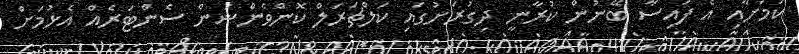
ކަމަށާއި އެ ފައިސާ ބޭނުން ކުރާނީ ދިގުރަށުގައި ކަލްޗަރަލް ކޮންވެންޝަން ސެންޓަރެއް އެޅުމަށް